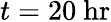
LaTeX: t=20\ \mathrm{hr}